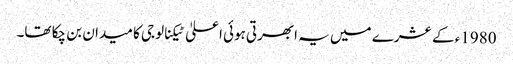
1980ء کے عشرے میں یہ ابھرتی ہوئی اعلیٰ ٹیکنالوجی کا میدان بن چکا تھا۔